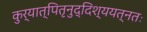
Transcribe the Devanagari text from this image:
कुर्यात्पितृनुद्दिश्ययत्नतः